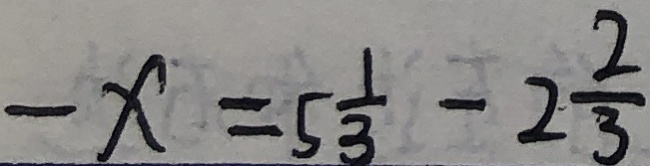
- x = 5 \frac { 1 } { 3 } - 2 \frac { 2 } { 3 }